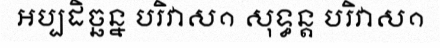
អប្បដិច្ឆន្ន បរិវាស១ សុទ្ធន្ត បរិវាស១